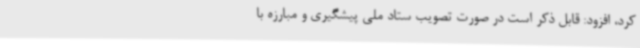
کرد، افزود: قابل ذکر است در صورت تصویب ستاد ملی پیشگیری و مبارزه با